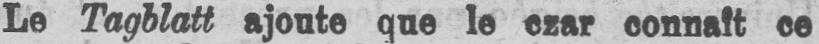
Le Tagblatt ajoute que le czar connaît ce